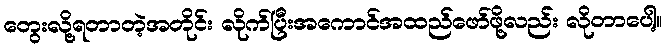
တွေးလို့ရတာတဲ့အတိုင်း လိုက်ပြီးအကောင်အထည်ဖော်ဖို့လည်း လိုတာပေါ့။